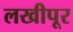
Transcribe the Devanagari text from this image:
लखीपूर